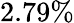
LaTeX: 2.79\%